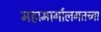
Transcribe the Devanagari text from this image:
महामार्गालगतच्या